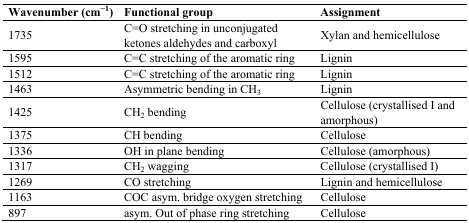
| Wavenumber (cm−1) | Functional group | Assignment |
 | --- | --- | --- |
 | 1735 | C=O stretching in unconjugated ketones aldehydes and carboxyl | Xylan and hemicellulose |
 | 1595 | C=C stretching of the aromatic ring | Lignin |
 | 1512 | C=C stretching of the aromatic ring | Lignin |
 | 1463 | Asymmetric bending in CH3 | Lignin |
 | 1425 | CH2 bending | Cellulose (crystallised I and amorphous) |
 | 1375 | CH bending | Cellulose |
 | 1336 | OH in plane bending | Cellulose (amorphous) |
 | 1317 | CH2 wagging | Cellulose (crystallised I) |
 | 1269 | CO stretching | Lignin and hemicellulose |
 | 1163 | COC asym. bridge oxygen stretching | Cellulose |
 | 897 | asym. Out of phase ring stretching | Cellulose |